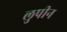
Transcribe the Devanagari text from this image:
लुपीन